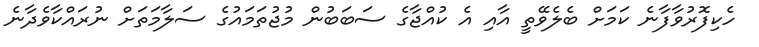
ހެކިފޮރުވާފާނެ ކަމަށް ބެލެވޭތީ އާއި އެ ކުއްޖާގެ ސަބަބުން މުޖުތަމައުގެ ސަލާމަތަށް ނުރައްކާވެދާނެ